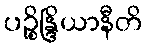
ပဉ္စိန္ဒြိယာနီတိ